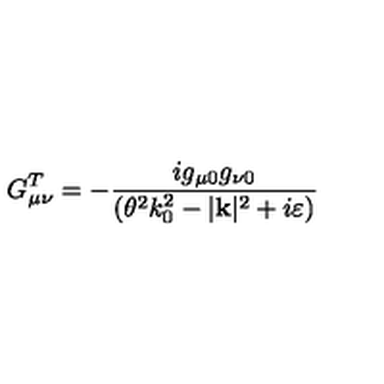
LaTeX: G _ { \mu \nu } ^ { T } = - \frac { i g _ { \mu 0 } g _ { \nu 0 } } { ( \theta ^ { 2 } k _ { 0 } ^ { 2 } - | \mathbf { k } | ^ { 2 } + i \varepsilon ) }